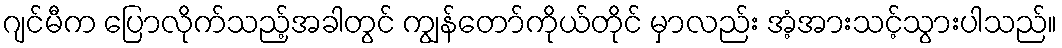
ဂျင်မီက ပြောလိုက်သည့်အခါတွင် ကျွန်တော်ကိုယ်တိုင် မှာလည်း အံ့အားသင့်သွားပါသည်။